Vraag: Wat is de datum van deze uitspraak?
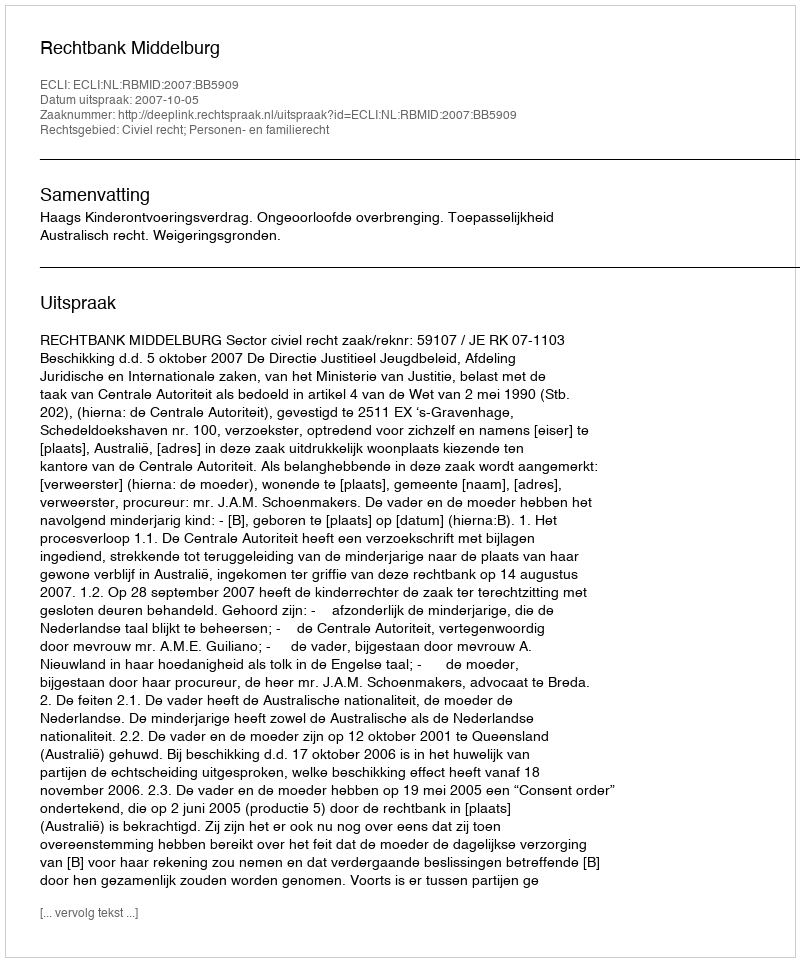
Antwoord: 2007-10-05